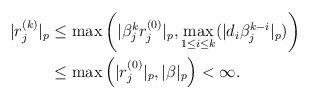
\begin{align*}\begin{aligned}|r^{(k)}_j|_p&\leq\max\left(|\beta_j^k r_j^{(0)}|_p,\max_{1\leq i\leq k}(|d_i\beta_j^{k-i}|_p)\right) \\&\leq\max\left(|r_j^{(0)}|_p,|\beta|_p\right)<\infty.\end{aligned}\end{align*}